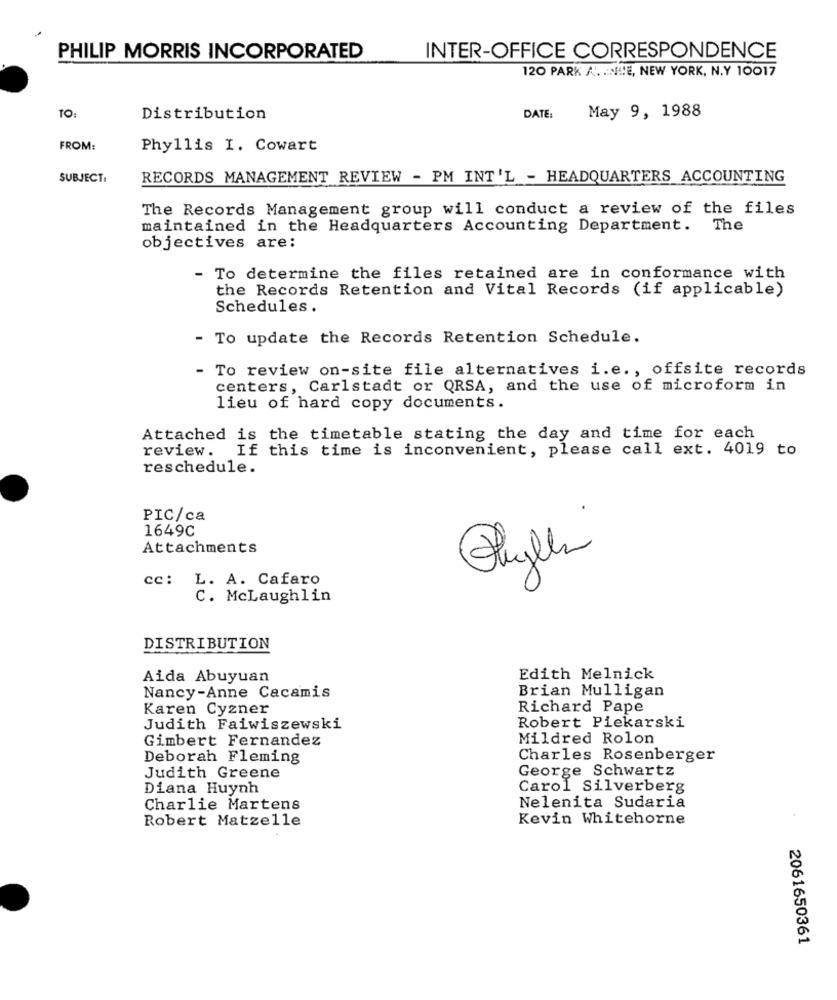
PHILIP MORRIS INCORPORATED
INTER-OFFICE CORRESPONDENCE
120 PARK A. NIE, NEW YORK, N.Y 10017
May 9, 1988
TO:
Distribution
DATE:
FROM:
Phyllis I. Cowart
SUBJECT:
RECORDS MANAGEMENT REVIEW - PM INT'L - HEADQUARTERS ACCOUNTING
The Records Management group will conduct a review of the files
maintained in the Headquarters Accounting Department. The
objectives are:
To determine the files retained are in conformance with
the Records Retention and Vital Records (if applicable)
Schedules.
- To update the Records Retention Schedule.
- To review on-site file alternatives i.e ., offsite records
centers, Carlstadt or QRSA, and the use of microform in
lieu of hard copy documents.
Attached is the timetable stating the day and time for each
review. If this time is inconvenient, please call ext. 4019 to
reschedule.
PIC/ca
1649C
0
Attachments
3
3
L. A. Cafaro
cc:
C. McLaughlin
DISTRIBUTION
Aida Abuyuan
Edith Melnick
Brian Mulligan
Nancy-Anne Cacamis
Karen Cyzner
Richard Pape
Robert Piekarski
Judith Faiwiszewski
Gimbert Fernandez
Mildred Rolon
Deborah Fleming
Charles Rosenberger
George Schwartz
Judith Greene
Diana Huynh
Carol Silverberg
Charlie Martens
Nelenita Sudaria
Robert Matzelle
Kevin Whitehorne
2061650361